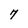
Character: 7